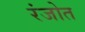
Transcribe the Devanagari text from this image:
रंजोत